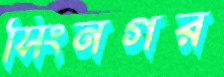
সিংনগর